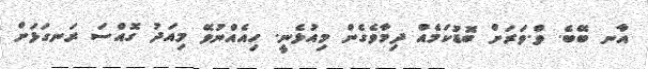
އާނ ބޭބެ. ވް.ވަރަށް ބޮޑުކަމެއް ދިމާވެގެން މިއުޅެނީ. ހިއެއްނުވޭ މިއަދު ގޮއްސަ ރަނގަޅަށް